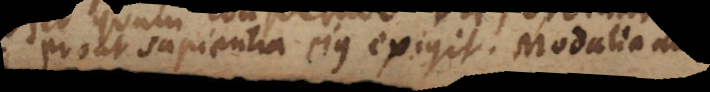
prout sapientia ejus exigit. Modalia